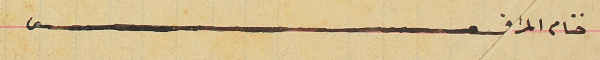
ختام المرافعه